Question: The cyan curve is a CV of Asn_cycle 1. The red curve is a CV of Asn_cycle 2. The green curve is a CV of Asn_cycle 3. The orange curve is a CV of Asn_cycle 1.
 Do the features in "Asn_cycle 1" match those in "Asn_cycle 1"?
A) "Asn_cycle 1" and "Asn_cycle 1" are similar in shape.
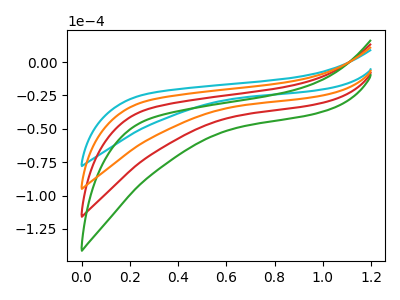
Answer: <think>The cyan curve "Asn_cycle 1" has no peaks. The red curve "Asn_cycle 2" has no peaks. The green curve "Asn_cycle 3" has no peaks. The orange curve "Asn_cycle 1" has no peaks.
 Neither "Asn_cycle 1" or "Asn_cycle 1" have any peaks.</think>
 <answer>A) "Asn_cycle 1" and "Asn_cycle 1" are similar in shape.</answer>
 <eval>A</eval>